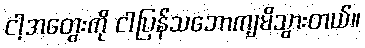
ငါ့အတွေးကို ငါပြန်သဘောကျမိသွားတယ်။